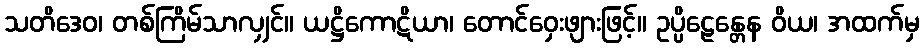
သတိဒေဝ၊ တစ်ကြိမ်သာလျှင်။ ယဋ္ဌိကောဋိယာ၊ တောင်ဝှေးဖျားဖြင့်။ ဥပ္ပိဠေန္တေန ဝိယ၊ အထက်မှ